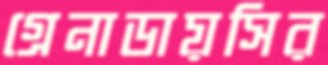
গ্রেনাডায়সির